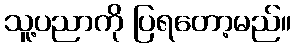
သူ့ပညာကို ပြရတော့မည်။